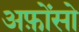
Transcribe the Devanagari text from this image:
अफ़ोंसो